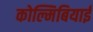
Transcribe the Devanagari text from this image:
कोल्मिबियाई